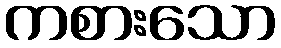
ကစားသော